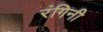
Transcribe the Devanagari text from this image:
रंगिनी